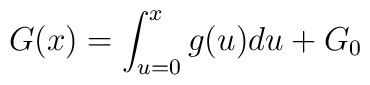
G(x) = \int_{u = 0}^{x}g(u) du + G_{0}